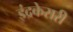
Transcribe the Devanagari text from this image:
इंद्रकेसरी